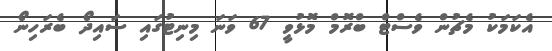
އެކަމަކު މެޗުން ވެސްޓް ބްރޮމް މޮޅުވީ 67 ވަނަ މިނިޓުގައި ސައިދޯ ބެރަހިނޯ